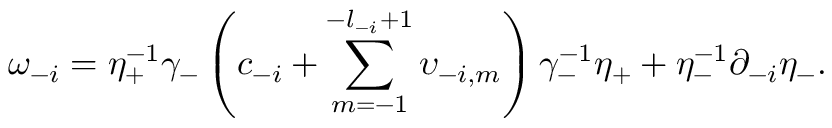
\omega _ { - i } = \eta _ { + } ^ { - 1 } \gamma _ { - } \left( c _ { - i } + \sum _ { m = - 1 } ^ { - l _ { - i } + 1 } \upsilon _ { - i , m } \right) \gamma _ { - } ^ { - 1 } \eta _ { + } + \eta _ { - } ^ { - 1 } \partial _ { - i } \eta _ { - } .